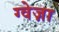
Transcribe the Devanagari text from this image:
ग्वेज़ा